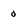
Character: 0